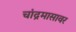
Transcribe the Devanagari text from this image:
चांद्रमासावर